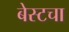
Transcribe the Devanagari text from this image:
बेस्टचा